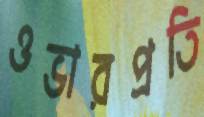
ওভারপ্রতি